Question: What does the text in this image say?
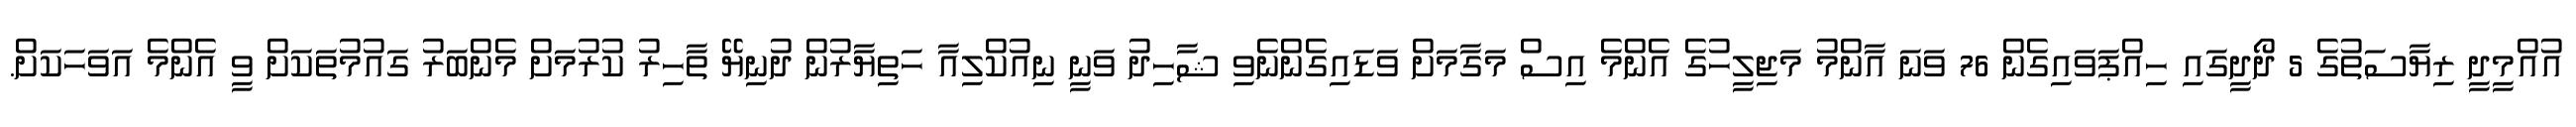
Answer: އުއްމީދީ ރިޔާސަތުގެ 5 ދޯދީގައި ހިއްޕަވައިގެން 76 ވަނަ އާންމު މަޖިލީހުގެ އެންމެ އިސް މަގާމަށް ވަޑައިގެންނެވި ޝާހިދު ވަނީ ނިއުކްލިއާ ހަތިޔާރުން ދުނިޔޭ ތާހިރު ކުރުމަށް މެންބަރު ގައުމުތަކަށް ވީ އެންމެ އަވަހަކަށް.